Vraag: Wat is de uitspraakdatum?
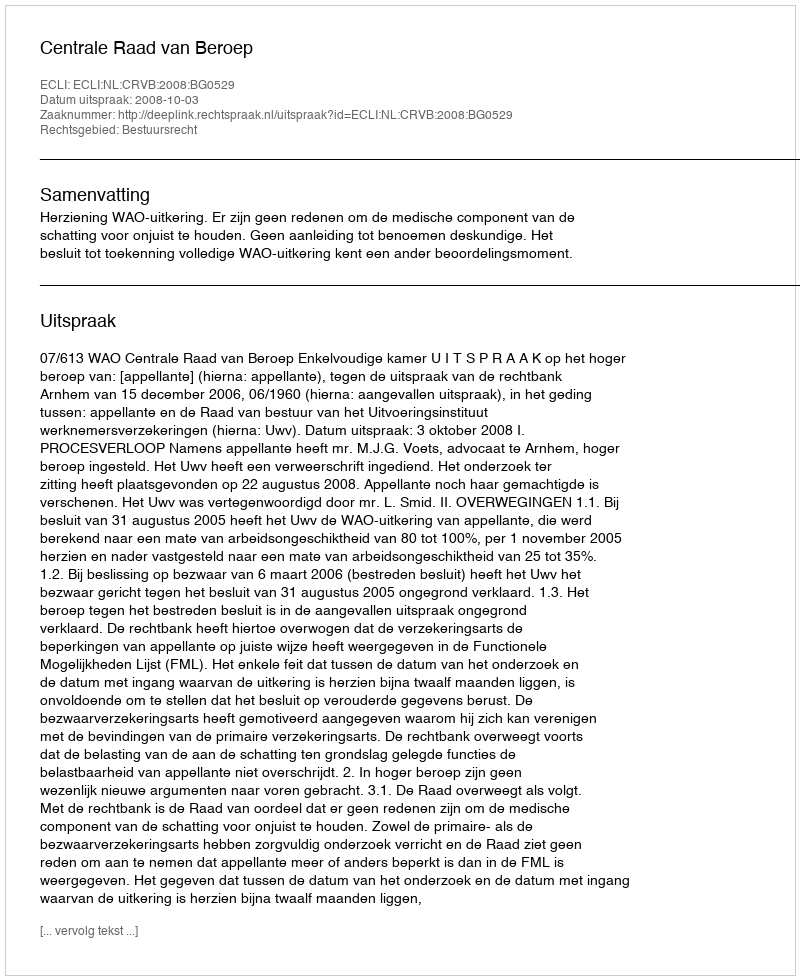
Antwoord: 2008-10-03